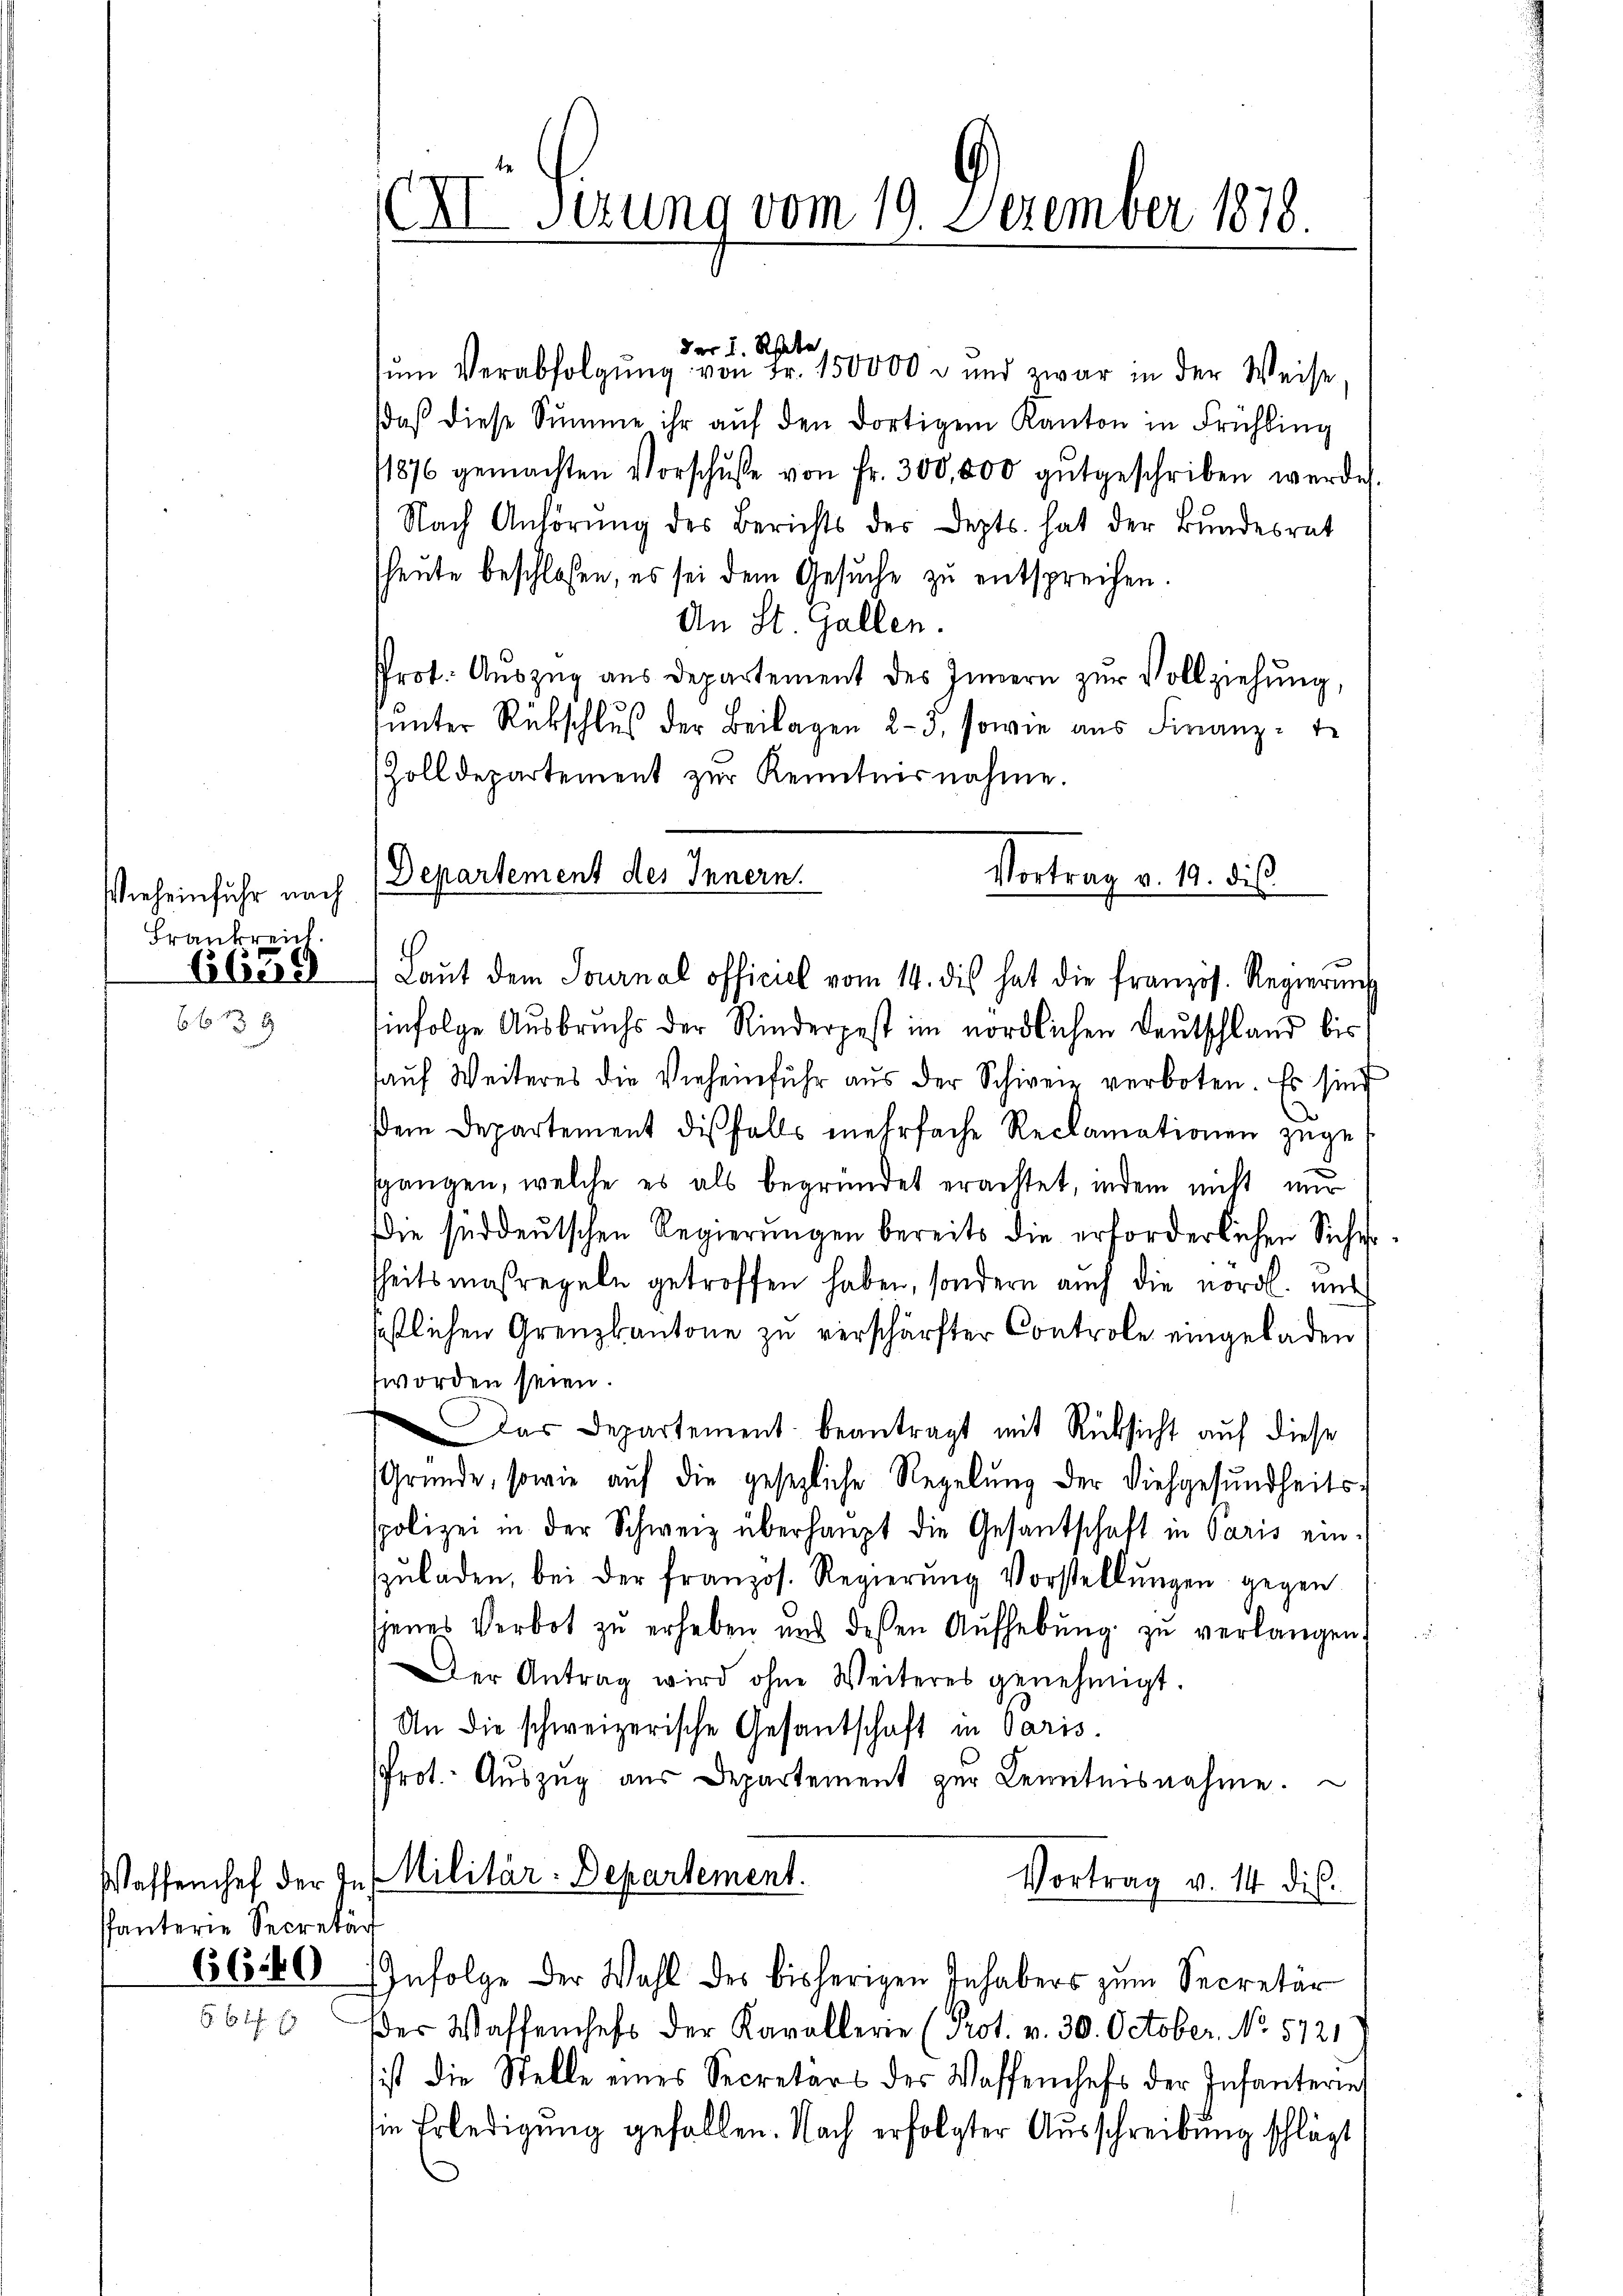
ieheinfuhr nach
Frankreich.
6659

6 f 33 x

Phanterie Secretär

XI Gerung vom 19. Dezember 1878.

der I. Rhabe.
sŭm Verabfolgŭng von Fr. 150000 u und zwar in der Weise,
daβ diese Summe ihr aŭf den dortigem Kanton in Frühling
1876 gemachten Vorschŭβe von Fr. 300,000 gŭtgeschriben werde.
Nach Anhörung des Berichts der Depts. hat der Bundesrat
heute beschloßen, es sei dem Gesŭche zŭ entsprechen.
An St. Gallen.
Prot. Auszug aus Departement des Innern zŭr Vollziehung,
ŭnter Rückschlŭβ der Beilagen 23. sowie aus Finanz-
Zolldepartement zŭr Kenntnisnahme.
Departement des Innern.
hinfolge Ausbruchs der Rinderpest im nördlichen Deutschland bis
aŭf Weiteres die Vieheinführ aŭs der Schweiz verboten. Es sind
em Departement dißfalls mehrfache Reclamationen zugee
sgangen, welche es als begründet erachtet, indem nicht nur
die süddeutschen Regierungen bereits die erforderlichen Siche
heitsmaßregeln getroffen haben, sondern auch die nördl. und
festlichen Grenzkantone zu verschärfter Controle eingeladen
worden seien.
Das Departement beantragt mit Rücksicht auf diese
Gründe, sowie auf die gesezliche Regelung der Viehgesundheitsspolizei in der Schweiz überhaupt die Gesantschaft in Paris ein-
zŭladen, bei der französ. Regierŭng Vorstellŭngen gegen
jenes Verbot zŭ erheben und dessen Aŭfhebŭng zŭ verlangen,
Der Antrag wird ohne Weiteres genehmigt.
An die schweizerische Gesantschaft in Paris.
Prot. Aŭszŭg aŭs Departement zur Kenntnisnahme.
Waffenchef der Ins Militär-Departement.
Vortrag v. 14 dis.
6660 Infolge der Wahl des bisherigen Inhabers zum Secretär
der Waffenheft der Kavallerie (Prot. v. 30. October. No. 5721
ist die Stelle eines Secretärs des Waffenhefs der Infanteries
sie Erledigung gefallen. Nach erfolgter Ausschreibung schlägt

Vortrag v. 19. dis
Laŭt dem Journal officiel vom 14. des hat die französ. Regierŭng